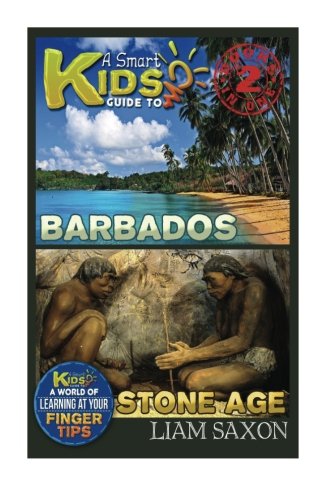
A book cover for A Smart Kids Guide To BARBADOS AND STONE AGE: A World Of Learning At Your Fingertips; Liam Saxon; Travel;